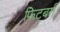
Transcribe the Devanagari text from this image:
फिटबर्ग